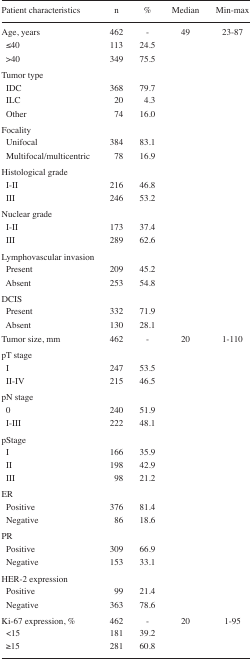
| Patient characteristics | n | % | Median | Min-max |
 | --- | --- | --- | --- | --- |
 | Age, years | 462 | - | 49 | 23–87 |
 | ≤40 | 113 | 24.5 |  |  |
 | >40 | 349 | 75.5 |  |  |
 | <COLSPAN=5> Tumor type |
 | IDC | 368 | 79.7 |  |  |
 | ILC | 20 | 4.3 |  |  |
 | Other | 74 | 16.0 |  |  |
 | <COLSPAN=5> Focality |
 | Unifocal | 384 | 83.1 |  |  |
 | Multifocal/multicentric | 78 | 16.9 |  |  |
 | <COLSPAN=5> Histological grade |
 | I–II | 216 | 46.8 |  |  |
 | III | 246 | 53.2 |  |  |
 | <COLSPAN=5> Nuclear grade |
 | I–II | 173 | 37.4 |  |  |
 | III | 289 | 62.6 |  |  |
 | <COLSPAN=5> Lymphovascular invasion |
 | Present | 209 | 45.2 |  |  |
 | Absent | 253 | 54.8 |  |  |
 | <COLSPAN=5> DCIS |
 | Present | 332 | 71.9 |  |  |
 | Absent | 130 | 28.1 |  |  |
 | Tumor size, mm | 462 | - | 20 | 1–110 |
 | <COLSPAN=5> pT stage |
 | I | 247 | 53.5 |  |  |
 | II–IV | 215 | 46.5 |  |  |
 | <COLSPAN=5> pN stage |
 | 0 | 240 | 51.9 |  |  |
 | I–III | 222 | 48.1 |  |  |
 | <COLSPAN=5> pStage |
 | I | 166 | 35.9 |  |  |
 | II | 198 | 42.9 |  |  |
 | III | 98 | 21.2 |  |  |
 | <COLSPAN=5> ER |
 | Positive | 376 | 81.4 |  |  |
 | Negative | 86 | 18.6 |  |  |
 | <COLSPAN=5> PR |
 | Positive | 309 | 66.9 |  |  |
 | Negative | 153 | 33.1 |  |  |
 | <COLSPAN=5> HER-2 expression |
 | Positive | 99 | 21.4 |  |  |
 | Negative | 363 | 78.6 |  |  |
 | Ki-67 expression, % | 462 | - | 20 | 1–95 |
 | <15 | 181 | 39.2 |  |  |
 | ≥15 | 281 | 60.8 |  |  |